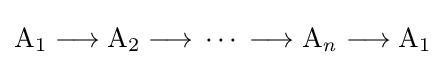
{\mathrm {A} {\vphantom {A}}_{\smash[{t}]{1}}{}\mathrel {\longrightarrow } {}\mathrm {A} {\vphantom {A}}_{\smash[{t}]{2}}{}\mathrel {\longrightarrow } {}\cdots {}\mathrel {\longrightarrow } {}\mathrm {A} {\vphantom {A}}_{\smash[{t}]{\mathit {n}}}{}\mathrel {\longrightarrow } {}\mathrm {A} {\vphantom {A}}_{\smash[{t}]{1}}}